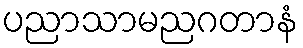
ပညာသာမညဂတာနံ